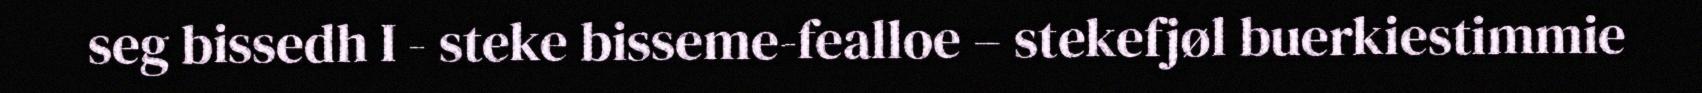
seg bissedh I - steke bisseme-fealloe – stekefjøl buerkiestimmie